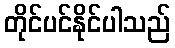
တိုင်ပင်နိုင်ပါသည်